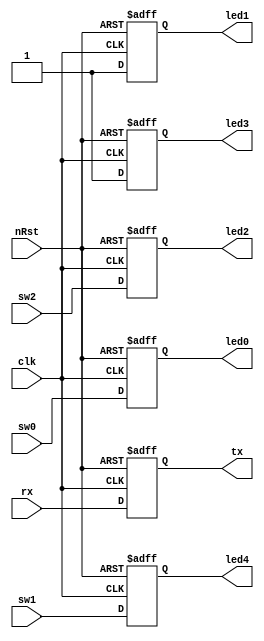
`timescale 1ns/1ps
module up2_pc_stack(
	input				clk,
	input				nRst,
	input				rx,
	input				sw2,
	input				sw1,
	input				sw0,
	output	reg	tx,
	output	reg	led4,
	output	reg	led3,
	output	reg	led2,
	output	reg	led1,
	output	reg	led0
);

	always@(posedge clk or negedge nRst) begin
		if(!nRst) begin
			tx   <= 1'b0;
			led4 <= 1'b0;
			led3 <= 1'b0;
			led2 <= 1'b0;
			led1 <= 1'b0;
			led0 <= 1'b0;
		end else begin
			tx   <= rx;
			led4 <= sw1;
			led3 <= 1'b1;
			led2 <= sw2;
			led1 <= 1'b1;
			led0 <= sw0;
		end
	end
endmodule